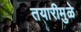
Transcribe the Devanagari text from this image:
तयारीमुळे